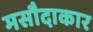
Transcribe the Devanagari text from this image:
मसौदाकार